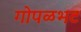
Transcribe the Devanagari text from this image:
गोपळभट